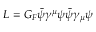
{ \cal L } = G _ { F } \bar { \psi } \gamma ^ { \mu } \psi \bar { \psi } \gamma _ { \mu } \psi